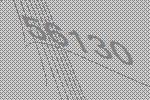
56130